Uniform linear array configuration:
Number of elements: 8
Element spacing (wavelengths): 1
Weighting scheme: uniform
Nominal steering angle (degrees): -45
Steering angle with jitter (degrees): -43.853
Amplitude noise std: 0.05
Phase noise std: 0.05

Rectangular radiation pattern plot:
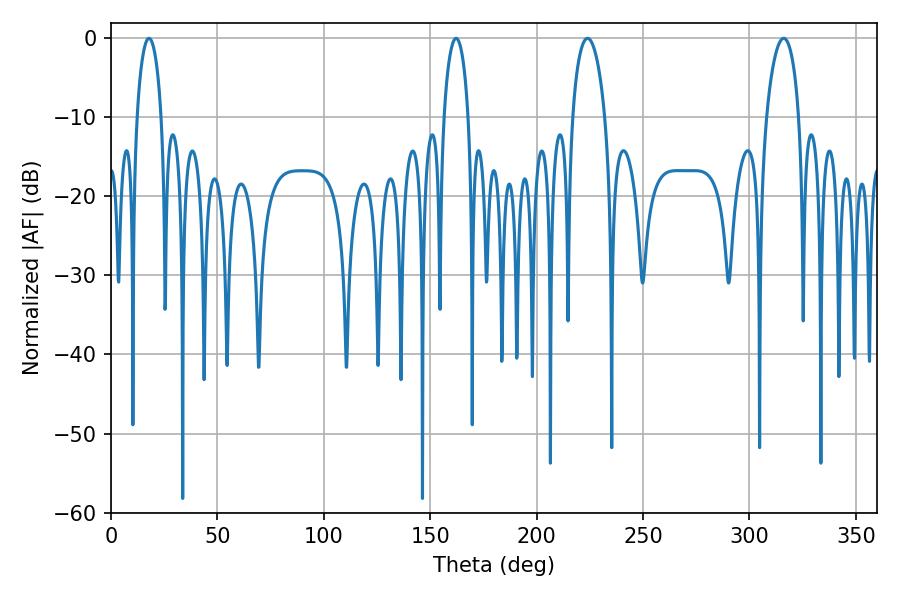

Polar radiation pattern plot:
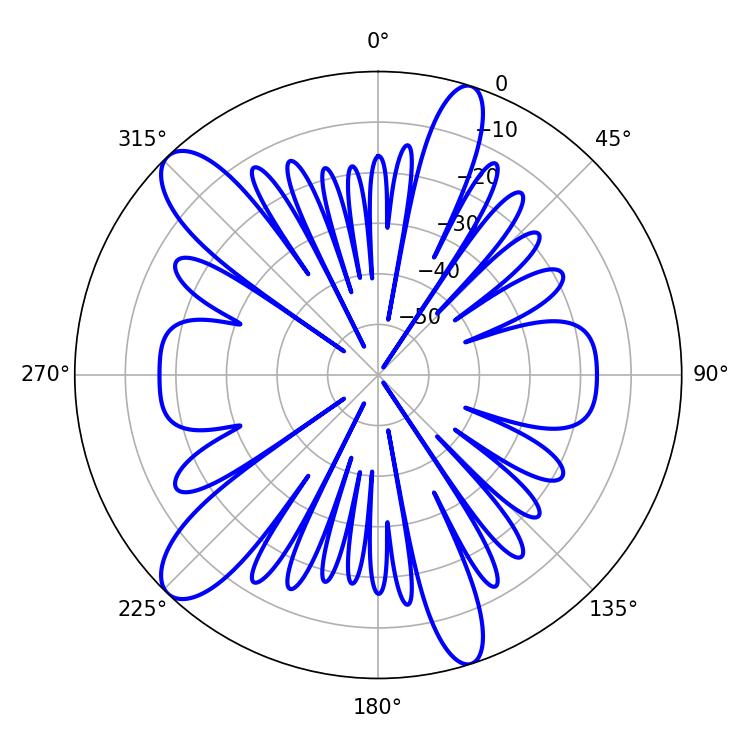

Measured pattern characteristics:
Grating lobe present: TRUE
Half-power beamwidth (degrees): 8.64
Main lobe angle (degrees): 223.92